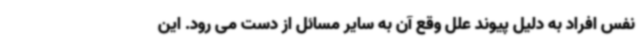
نفس افراد به دلیل پیوند علل وقع آن به سایر مسائل از دست می رود. این